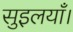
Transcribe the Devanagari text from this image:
सुइलयाँ।